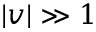
| v | \gg 1